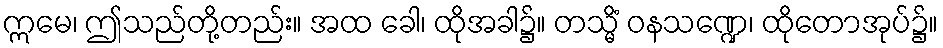
ဣမေ၊ ဤသည်တို့တည်း။ အထ ခေါ၊ ထိုအခါ၌။ တသ္မိံ ဝနသဏ္ဍေ၊ ထိုတောအုပ်၌။